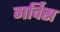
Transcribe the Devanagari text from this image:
गर्विस